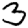
Digit: 3